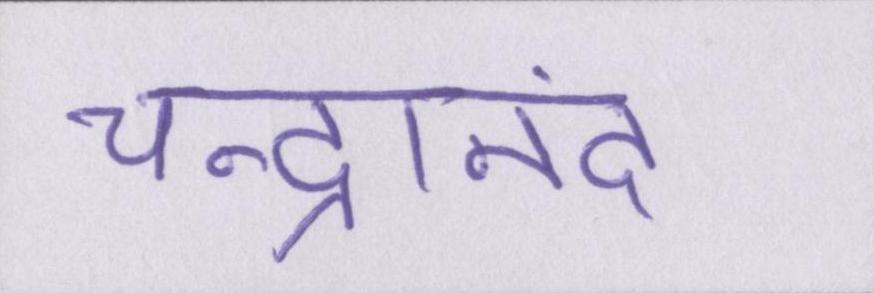
चन्द्रानंद